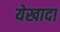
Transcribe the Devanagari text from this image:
येखादा